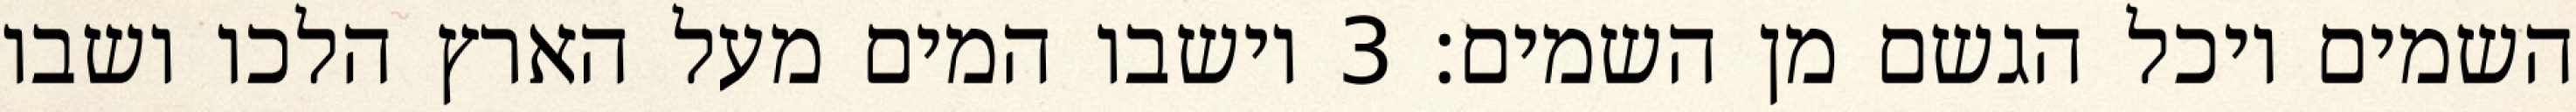
השמים ויכל הגשם מן השמים׃ ‎3‏ וישבו המים מעל הארץ הלכו ושבו